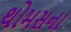
થોમસના